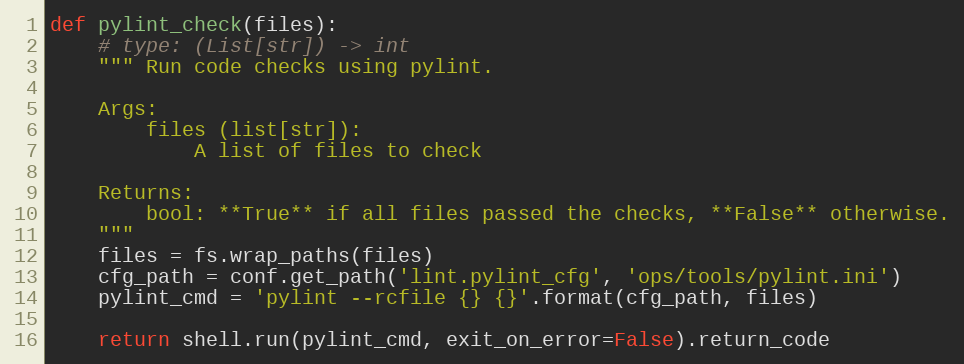
Language: Python
def pylint_check(files):
    # type: (List[str]) -> int
    """ Run code checks using pylint.

    Args:
        files (list[str]):
            A list of files to check

    Returns:
        bool: **True** if all files passed the checks, **False** otherwise.
    """
    files = fs.wrap_paths(files)
    cfg_path = conf.get_path('lint.pylint_cfg', 'ops/tools/pylint.ini')
    pylint_cmd = 'pylint --rcfile {} {}'.format(cfg_path, files)

    return shell.run(pylint_cmd, exit_on_error=False).return_code